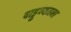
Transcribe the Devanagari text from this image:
षाड्गुण्यमन्त्र